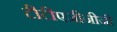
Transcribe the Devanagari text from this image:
टीटीएजीजीजी